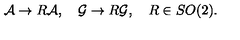
{ \cal A } \rightarrow R { \cal A } , \quad { \cal G } \rightarrow R { \cal G } , \quad R \in S O ( 2 ) .